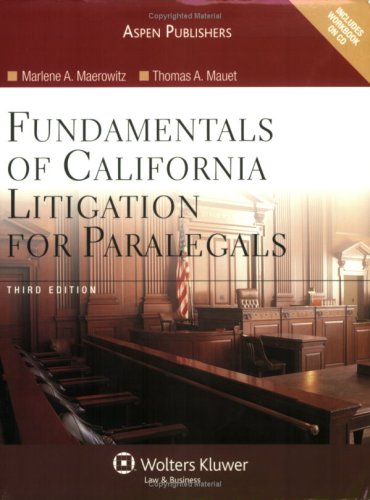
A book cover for Fundamentals of California Litigation for Paralegals, 3rd Edition; Marlene A. Maerowitz; Law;